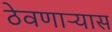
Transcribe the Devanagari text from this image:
ठेवणाऱ्यास